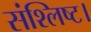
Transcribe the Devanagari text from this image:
संश्लिष्ट।